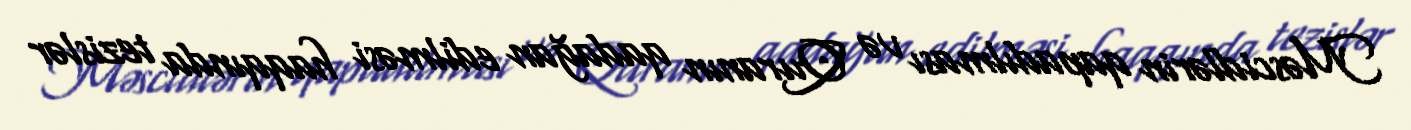
Məscidlərin qapadılması və Quranın qadağan edilməsi haqqında tezislər